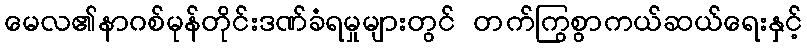
မေလ၏နာဂစ်မုန်တိုင်းဒဏ်ခံရမှုများတွင် တက်ကြွစွာကယ်ဆယ်ရေးနှင့်